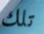
تلك